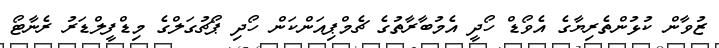
ޒުވާން ކުޅުންތެރިޔާގެ އެވޯޑް ހޯދީ އެމުބާރާތުގެ ޗެމްޕިއަންކަން ހޯދި ޕޯޗުގަލްގެ މިޑްފީލްޑަރު ރެނާޓޯ